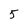
Character: 5